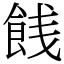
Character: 䬻